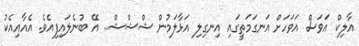
އާލިކް އަވަސް އަވަހަށް އަނގަމަތީގައި އިނގިލި އަޅާލަމުން ޝްޝްޝް.. އޭ ބުނެލައިފިއެވެ. އެއާއިއެކު